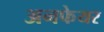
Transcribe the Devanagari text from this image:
अनफेयर